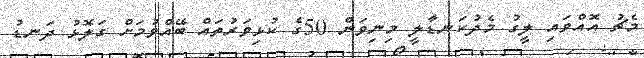
މެޗު އޮއްވައި ލީގު މެދުކަނޑާލީ މިނިވަން 50ގެ ކުޅިވަރުތައް ބޭއްވުމަށް ގަލޮޅު ދަނޑު